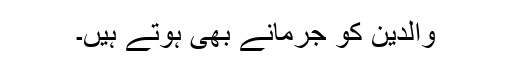
والدین کو جرمانے بھی ہوتے ہیں۔